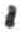
אות: י